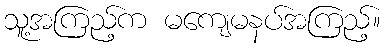
သူ့အကြည့်က မကျေမနပ်အကြည့်။